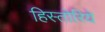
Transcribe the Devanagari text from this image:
हिस्तोरिये